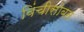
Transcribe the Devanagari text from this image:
विंचीसोबत